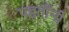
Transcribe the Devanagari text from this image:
पद्दतींनी